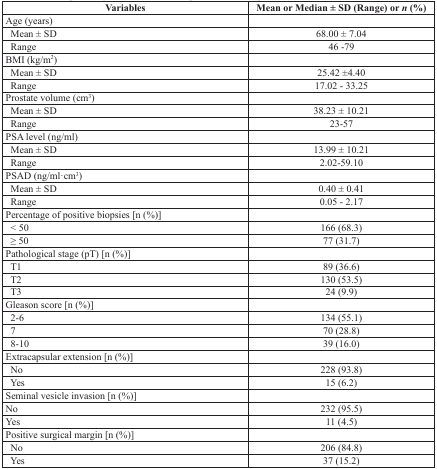
<table><thead><tr><td><b>Variables</b></td><td><b>Mean or Median ± SD (Range) or <i>n</i> (%)</b></td></tr></thead><tbody><tr><td>Age (years)</td><td></td></tr><tr><td> Mean ± SD</td><td>68.00 ± 7.04</td></tr><tr><td> Range</td><td>46 -79</td></tr><tr><td>BMI (kg/m<sup>2</sup>)</td><td></td></tr><tr><td> Mean ± SD</td><td>25.42 ±4.40</td></tr><tr><td> Range</td><td>17.02 - 33.25</td></tr><tr><td>Prostate volume (cm<sup>3</sup>)</td><td></td></tr><tr><td> Mean ± SD</td><td>38.23 ± 10.21</td></tr><tr><td> Range</td><td>23-57</td></tr><tr><td>PSA level (ng/ml)</td><td></td></tr><tr><td> Mean ± SD</td><td>13.99 ± 10.21</td></tr><tr><td> Range</td><td>2.02-59.10</td></tr><tr><td>PSAD (ng/ml·cm<sup>3</sup>)</td><td></td></tr><tr><td> Mean ± SD</td><td>0.40 ± 0.41</td></tr><tr><td> Range</td><td>0.05 - 2.17</td></tr><tr><td>Percentage of positive biopsies [n (%)]</td><td></td></tr><tr><td> &lt; 50</td><td>166 (68.3)</td></tr><tr><td> ≥ 50</td><td>77 (31.7)</td></tr><tr><td>Pathological stage (pT) [n (%)]</td><td></td></tr><tr><td> T1</td><td>89 (36.6)</td></tr><tr><td> T2</td><td>130 (53.5)</td></tr><tr><td> T3</td><td>24 (9.9)</td></tr><tr><td>Gleason score [n (%)]</td><td></td></tr><tr><td> 2-6</td><td>134 (55.1)</td></tr><tr><td> 7</td><td>70 (28.8)</td></tr><tr><td> 8-10</td><td>39 (16.0)</td></tr><tr><td>Extracapsular extension [n (%)]</td><td></td></tr><tr><td> No</td><td>228 (93.8)</td></tr><tr><td> Yes</td><td>15 (6.2)</td></tr><tr><td>Seminal vesicle invasion [n (%)]</td><td></td></tr><tr><td>No</td><td>232 (95.5)</td></tr><tr><td>Yes</td><td>11 (4.5)</td></tr><tr><td>Positive surgical margin [n (%)]</td><td></td></tr><tr><td> No</td><td>206 (84.8)</td></tr><tr><td> Yes</td><td>37 (15.2)</td></tr></tbody></table>